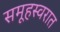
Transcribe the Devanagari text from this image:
समूहस्वरात